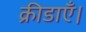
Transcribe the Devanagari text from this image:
क्रीडाएँ।